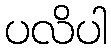
ပလိပါ